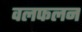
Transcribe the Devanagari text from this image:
वलफलन